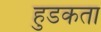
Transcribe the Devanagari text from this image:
हुडकता